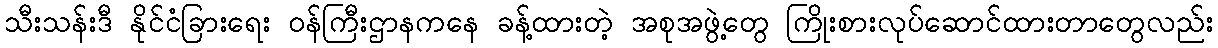
သီးသန်းဒီ နိုင်ငံခြားရေး ဝန်ကြီးဌာနကနေ ခန့်ထားတဲ့ အစုအဖွဲ့တွေ ကြိုးစားလုပ်ဆောင်ထားတာတွေလည်း